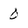
Character: 0